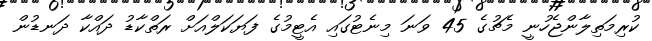
ކުރިމަތިލާންޖެހުނީ މެޗުގެ 45 ވަނަ މިނެޓުގައި އެޓީމުގެ ފަޔަކަލްއަށް ރަތްކާޑު ދައްކާ ދަނޑުން